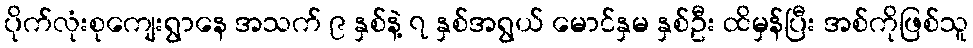
ပိုက်လုံးစုကျေးရွာနေ အသက် ၉ နှစ်နဲ့ ၇ နှစ်အရွယ် မောင်နှမ နှစ်ဦး ထိမှန်ပြီး အစ်ကိုဖြစ်သူ